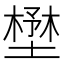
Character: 𡐨